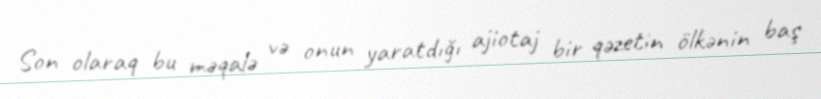
Son olaraq bu məqalə və onun yaratdığı ajiotaj bir qəzetin ölkənin baş